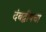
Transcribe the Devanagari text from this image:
दंबद्वीपचा